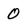
Character: 0